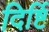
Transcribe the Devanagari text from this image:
दिर्ष्टि